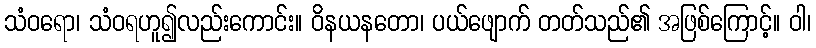
သံဝရော၊ သံဝရဟူ၍လည်းကောင်း။ ဝိနယနတော၊ ပယ်ဖျောက် တတ်သည်၏ အဖြစ်ကြောင့်။ ဝါ၊